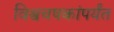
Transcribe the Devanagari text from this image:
विश्वचषकांपर्यंत